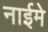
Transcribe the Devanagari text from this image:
नाईमे